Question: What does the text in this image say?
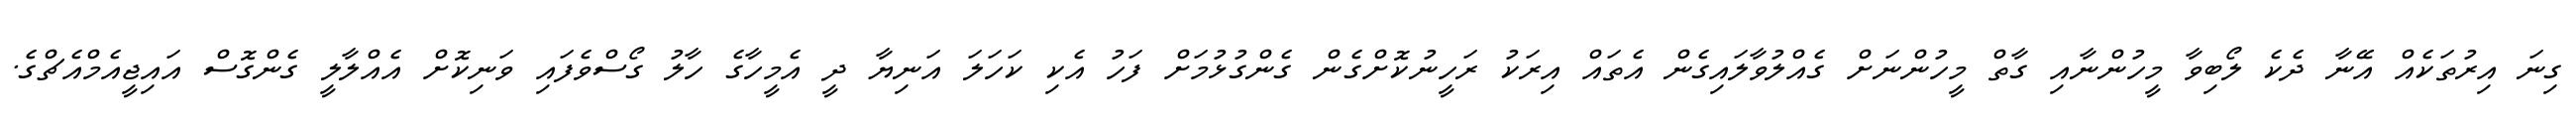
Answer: ގިނަ އިރުތަކެއް އޭނާ ދެކެ ލޯބިވާ މީހުންނާއި ގާތް މީހުންނަށް ގެއްލުވާލައިގެން އެތައް އިރަކު ރަހީނުކޮށްގެން ގެންގުޅުމަށް ފަހު އެކި ކަހަލަ އަނިޔާ ދީ އެމީހާގެ ހާލު ގޯސްވެފައި ވަނިކޮށް އެއްލާލީ ގެންގޮސް އައިޖީއެމްއެޗްގެ.